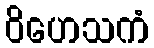
ဝိဟေသကံ